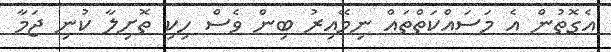
އެގޮތުން އެ މަސައްކަތްތައް ނިމޭއިރު ބިން ވެސް ހިކި ތޮށިިލާ ކުނި ޖަމާ